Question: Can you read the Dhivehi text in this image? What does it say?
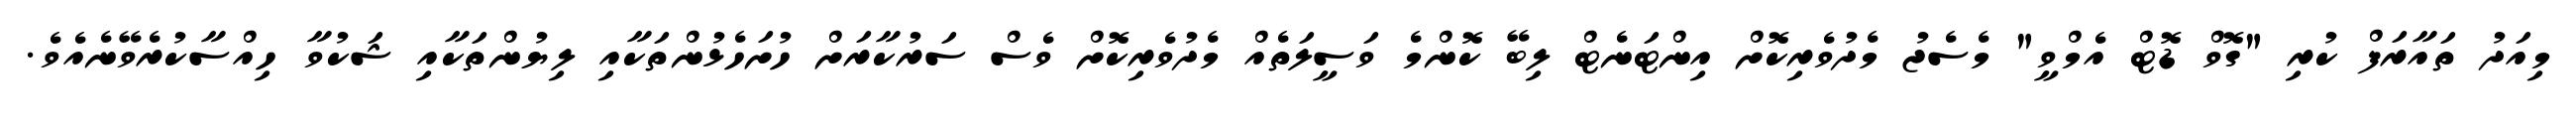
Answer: މިއަދު ތައާރަފް ކުރި "ގޮވް ޑޮޓް އެމްވީ" މެސެޖު މެދުވެރިކޮށް އިންޓަނެޓް ލިބޭ ކޮންމެ ވަސީލަތެއް މެދުވެރިކޮށް ވެސް ސަރުކާރަށް ހުށަހެޅުންތަކާއި ލިޔުންތަކާއި ޝަކުވާ ހިއްސާކުރެވޭނެއެވެ.